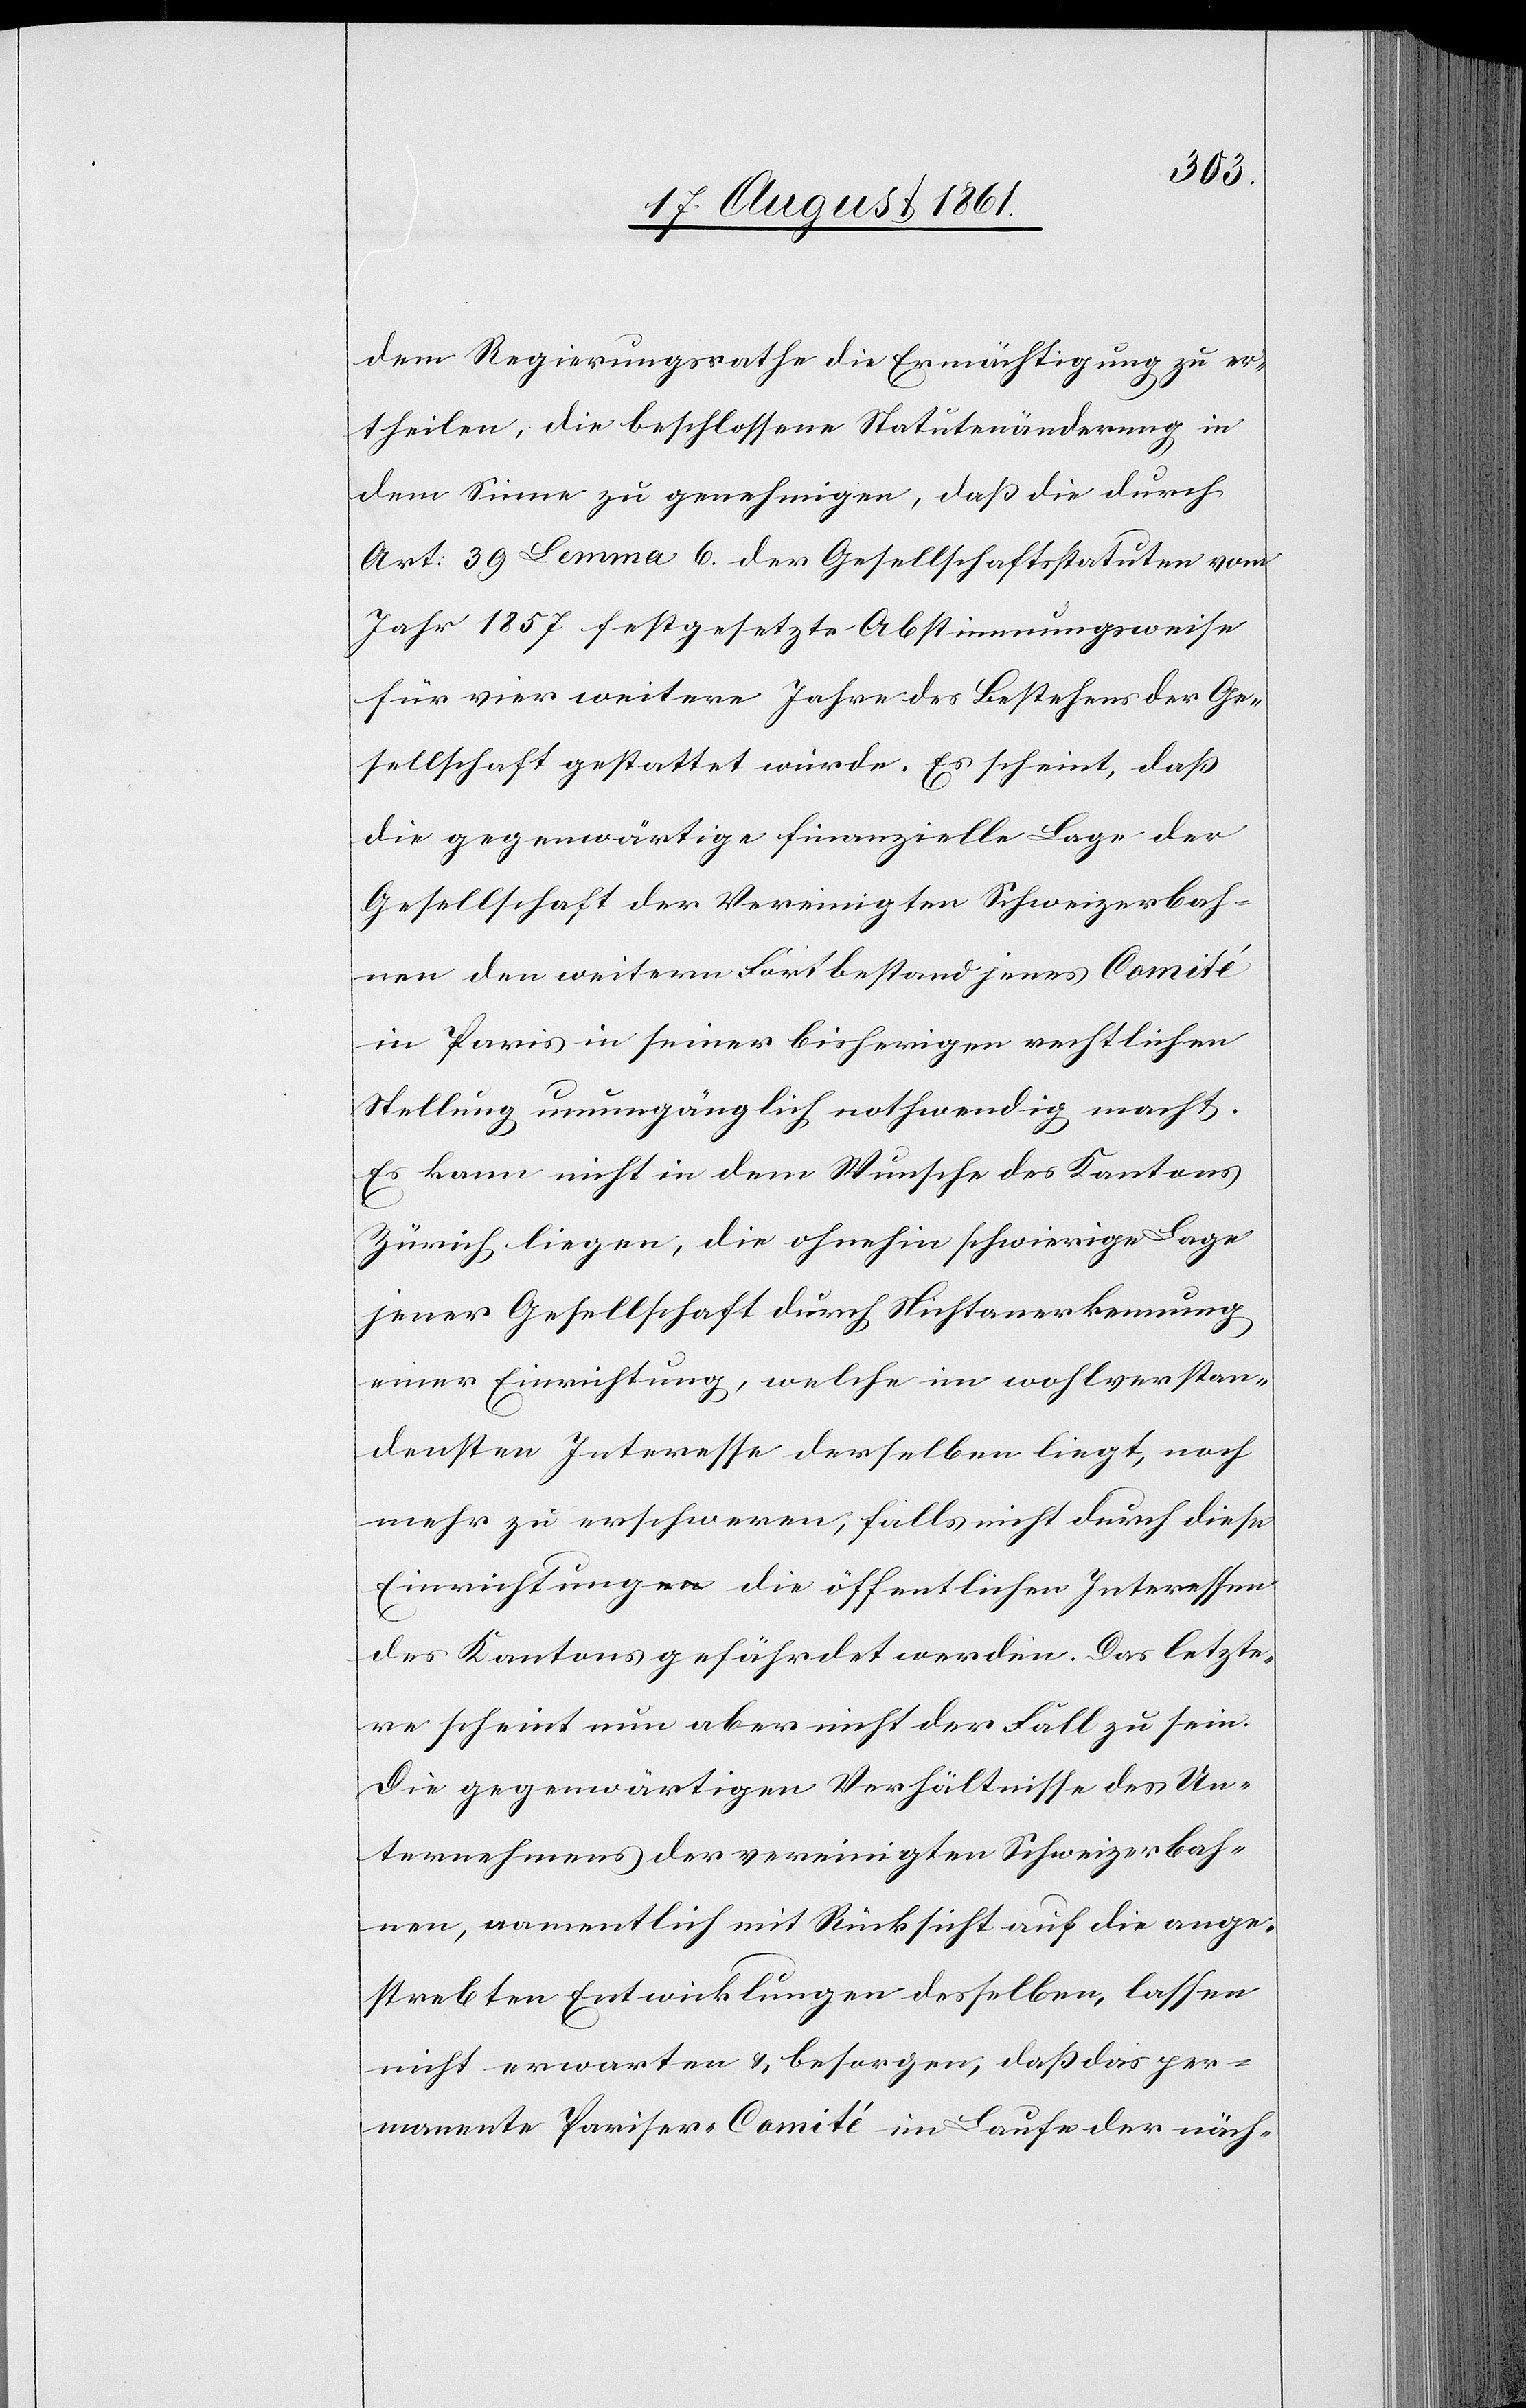
dem Regierungsrathe die Ermächtigung zu er¬
theilen, die beschlossene Statutenveränderung in
dem Sinne zu genehmigen, daß die durch
Art. 39 Lemma 6. der Gesellschaftsstatuten vom
Jahr 1857 festgesetzte Abstimmungsweise
für vier weitere Jahre des Bestehens der Ge¬
sellschaft gestattet werde. Es scheint, daß
die gegenwärtige finanzielle Lage der
Gesellschaft der Vereinigten Schweizerbah¬
nen den weitern Fortbestand jenes Comité
in Paris in seiner bisherigen rechtlichen
Stellung unumgänglich nothwendig macht.
Es kann nicht in dem Wunsche des Kantons
Zürich liegen, die ohnehin schwierige Lage
jener Gesellschaft durch Nichtanerkennung
einer Einrichtung, welche im wohlverstan¬
densten Interesse derselben liegt, noch
mehr zu erschweren, falls nicht durch diese
Einrichtungen die öffentlichen Interessen
des Kantons gefährdet werden. Das letzte¬
re scheint nun aber nicht der Fall zu sein.
Die gegenwärtigen Verhältnisse des Un¬
ternehmens der vereinigten Schweizerbah¬
nen, namentlich mit Rücksicht auf die ange¬
strebten Entwicklungen desselben, lassen
nicht erwarten u. besorgen, daß das per¬
manente Pariser Comité im Laufe der näch-